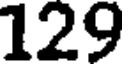
129